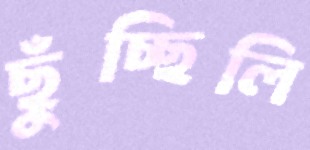
ছুঁচ্ছিলি